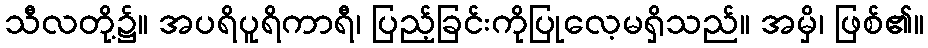
သီလတို့၌။ အပရိပူရိကာရီ၊ ပြည့်ခြင်းကိုပြုလေ့မရှိသည်။ အမှိ၊ ဖြစ်၏။